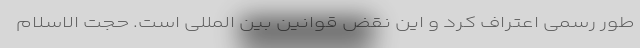
طور رسمی اعتراف کرد و این نقض قوانین بین المللی است. حجت الاسلام